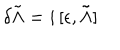
LaTeX: \delta \tilde { \Lambda } = i \, [ \epsilon , \tilde { \Lambda } ]